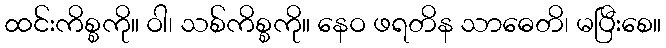
ထင်းကိစ္စကို။ ဝါ၊ သစ်ကိစ္စကို။ နေဝ ဖရတိန သာဓေတိ၊ မပြီးစေ။